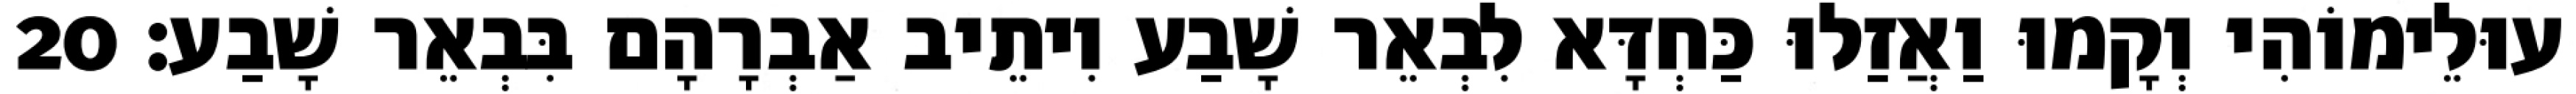
עוּלֵימוֹהִי וְקָמוּ וַאֲזַלוּ כַּחְדָּא לִבְאֵר שָׁבַע וִיתֵיב אַבְרָהָם בִּבְאֵר שָׁבַע׃ 20